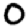
Digit: 0